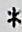
*